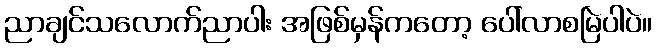
ညာချင်သလောက်ညာပါး အဖြစ်မှန်ကတော့ ပေါ်လာစမြဲပါပဲ။